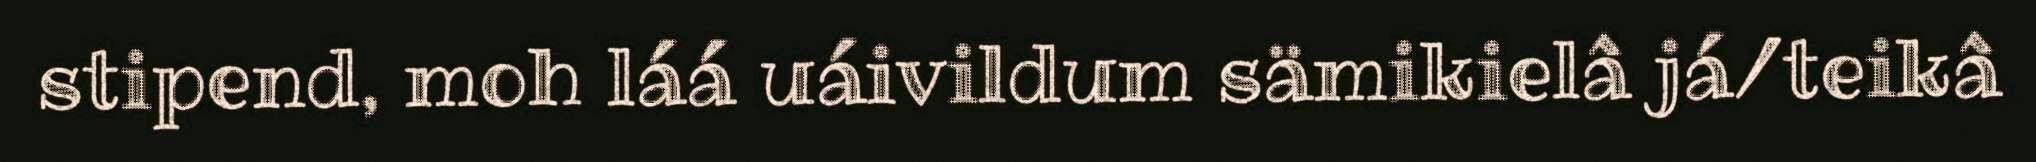
stipend, moh láá uáivildum sämikielâ já/teikâ